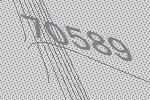
70589